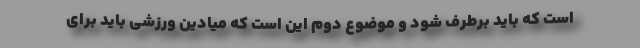
است که باید برطرف شود و موضوع دوم این است که میادین ورزشی باید برای